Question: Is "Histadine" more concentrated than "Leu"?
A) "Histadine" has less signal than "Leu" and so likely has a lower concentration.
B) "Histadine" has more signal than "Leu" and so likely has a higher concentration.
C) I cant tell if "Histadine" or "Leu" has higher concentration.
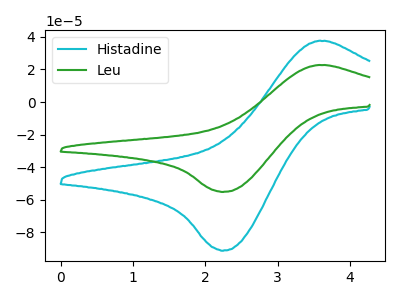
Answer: <think>The cyan curve "Histadine" has an anodic peak at (3.55V, 37.40uA) and a cathodic peak at (2.25V, -91.20uA). The green curve "Leu" has an anodic peak at (3.55V, 22.65uA) and a cathodic peak at (2.25V, -55.15uA).
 All the peaks in "Histadine" have a peak in "Leu" at the same potential. Every peak in "Histadine" is higher than every peak in "Leu".</think>
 <answer>B) "Histadine" has more signal than "Leu" and so likely has a higher concentration.</answer>
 <eval>B</eval>